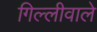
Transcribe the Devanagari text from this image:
गिल्लीवाले